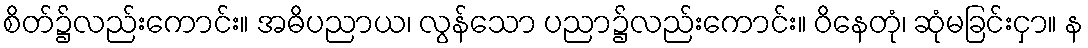
စိတ်၌လည်းကောင်း။ အဓိပညာယ၊ လွန်သော ပညာ၌လည်းကောင်း။ ဝိနေတုံ၊ ဆုံမခြင်းငှာ။ န